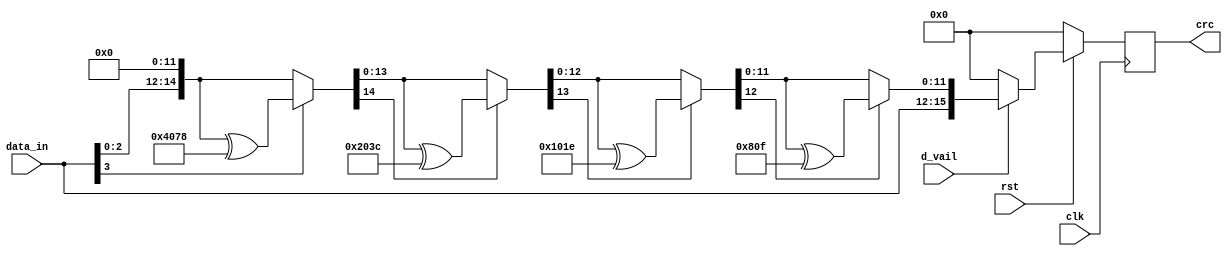
module N1(clk, rst,d_vail,data_in,crc);
    input clk, rst, d_vail;
    input [3:0]data_in;
    output reg [15:0] crc;
    
    integer i;

    always@(posedge clk)begin
        if(rst == 0) begin
            crc <= 0;
        end else begin
            if(d_vail) crc <= {data_in, data[11:0]};
            else crc <= 0;
        end

    end


    reg [15:0] data;
    reg [11:0]out_crc;
    reg ram;
    integer j;
    always@(data_in)begin
        // out_crc = 0;
        // data = data_in << 12;
        // for(i=0;i<16;i=i+1)begin
        //     ram = out_crc[11];
        //     {out_crc,data} = {out_crc, data} << 1;
        //     out_crc[0] = out_crc[0] ^ ram;
        //     out_crc[1] = out_crc[1] ^ ram;
        //     out_crc[2] = out_crc[2] ^ ram;
        //     out_crc[3] = out_crc[3] ^ ram;
        //     out_crc[11] = out_crc[11] ^ ram;
        // end
        
        out_crc = 0;
        data = data_in << 12;
        for(i=3;i>=0;i=i-1)
            if(data[12+i] == 1)
            data = data ^ (13'b1100000001111<<i);

		// out_crc = data[11:0];
    end
endmodule